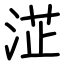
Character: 淽